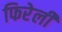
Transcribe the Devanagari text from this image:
फिरेली